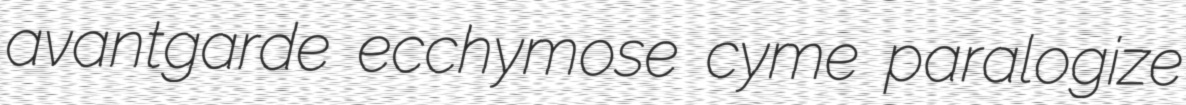
avantgarde ecchymose cyme paralogize